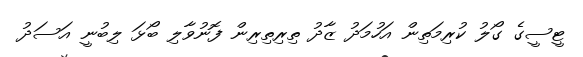
ޓީސީގެ ގޯލު ކުރިމަތިން އަހުމަދު ޒާދު ތިރިތިރިން ފޮނުވާލި ބޯޅަ ލިބުނީ އަސަދު